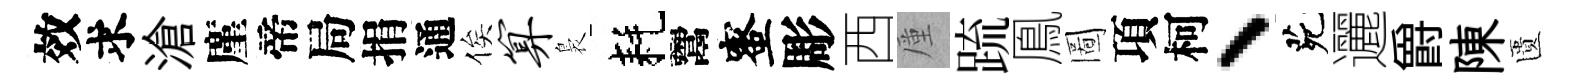
效求滄廑帝局捐通俟算裊耗鬻蜜彫西厪䟽鳯圖項柯、茕邐爵陳匱